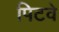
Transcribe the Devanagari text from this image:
पिटवे